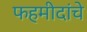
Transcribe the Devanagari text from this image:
फहमीदांचे